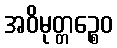
အဝိမုတ္တဉ္စေဝ